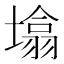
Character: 𰊬